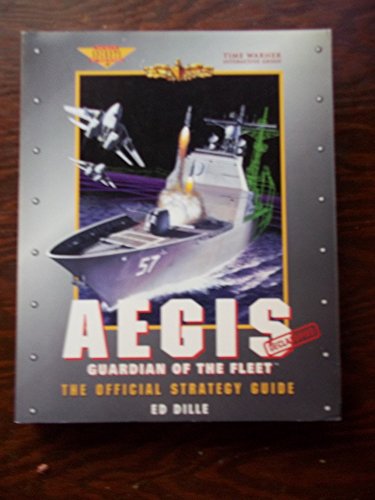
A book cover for Aegis: Guardian of the Fleet: The Official Strategy Guide (Prima's Secrets of the Games); Ed Dille; Science Fiction & Fantasy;